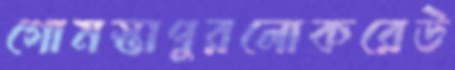
গোমস্তাপুরলোকরেউ